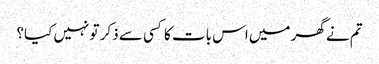
تم نے گھر میں اس بات کا کسی سے ذکر تو نہیں کیا؟